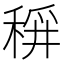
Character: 𱶍